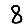
Digit: 8